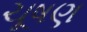
ચૂષણ